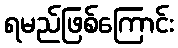
ရမည်ဖြစ်ကြောင်း